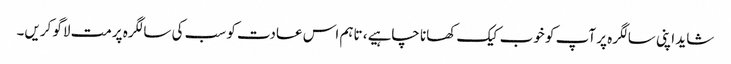
شاید اپنی سالگرہ پر آپ کو خوب کیک کھانا چاہیے، تاہم اس عادت کو سب کی سالگرہ پرمت لاگو کریں۔